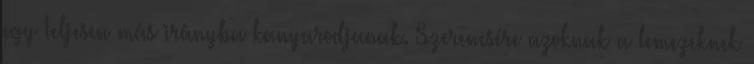
egy teljesen más irányba kanyarodjanak. Szerencsére azoknak a lemezeknek